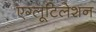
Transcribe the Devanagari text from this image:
एग्लूटिलेशन